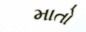
માતો